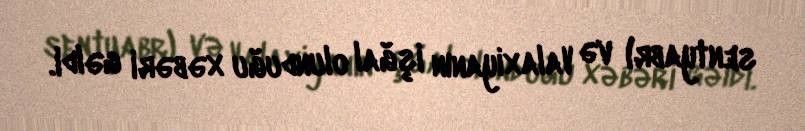
sentyabr) və Valaxiyanın işğal olunduğu xəbəri gəldi.